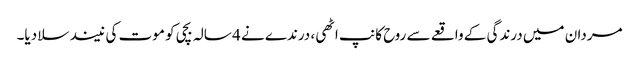
مردان میں درندگی کے واقعے سے روح کانپ اٹھی، درندے نے 4 سالہ بچی کو موت کی نیند سلا دیا۔